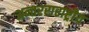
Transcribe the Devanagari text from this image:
अन्तरराराष्ट्रीय